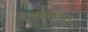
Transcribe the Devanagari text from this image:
मानववंशशास्र